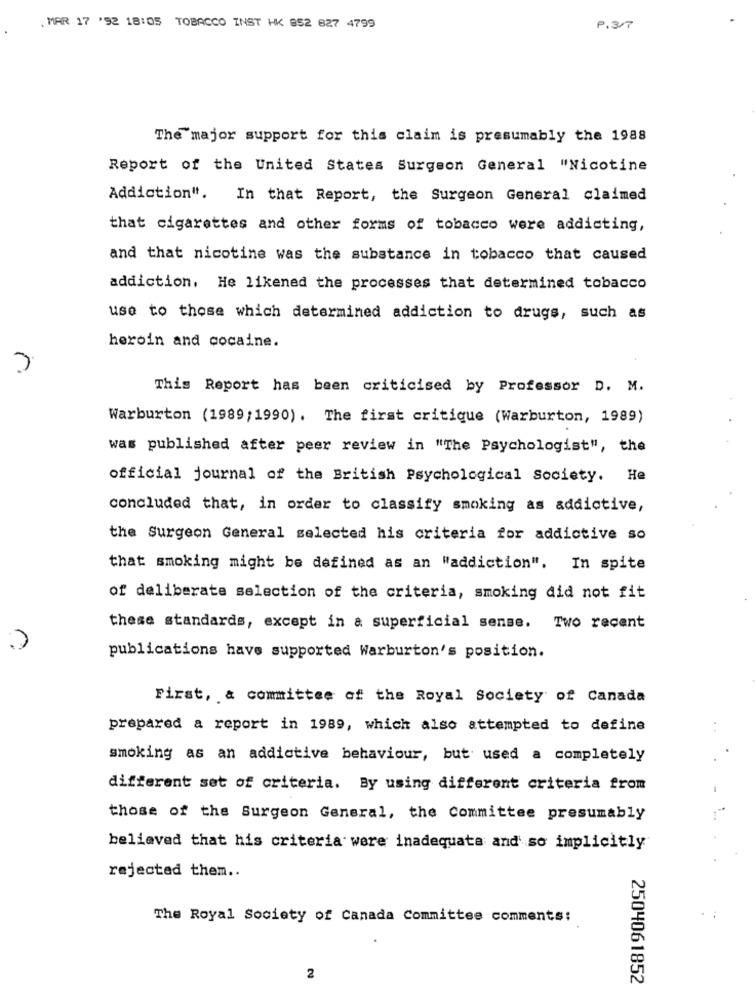
. MAR 17 '92 18:05 TOBACCO INST HK 852 827 4799
P . 3/ 7
The major support for this claim is presumably the 1988
Report of the United States Surgeon General "Nicotine
Addiction". In that Report, the Surgeon General claimed
that cigarettes and other forms of tobacco were addicting,
and that nicotine was the substance in tobacco that caused
addiction. He likened the processes that determined tobacco
use to those which determined addiction to drugs, such as
heroin and cocaine.
This Report has been criticised by Professor D. M.
Warburton (1989;1990). The first critique (Warburton, 1989)
was published after peer review in "The Psychologist", the
official journal of the British Psychological Society. He
concluded that, in order to classify smoking as addictive,
the Surgeon General selected his criteria for addictive so
that smoking might be defined as an "addiction". In spite
of deliberate selection of the criteria, smoking did not fit
these standards, except in a superficial sense. Two recent
publications have supported Warburton's position.
First, & committee of the Royal Society of Canada
prepared a report in 1989, which also attempted to define
..
smoking as an addictive behaviour, but used a completely
different set of criteria. By using different criteria from
those of the Surgeon General, the Committee presumably
believed that his criteria were inadequate and so implicitly
rejected them ..
The Royal Society of Canada Committee comments:
2
2504061852